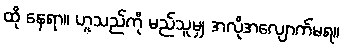
ထို နေရာ။ ဟူသည်ကို မည်သူမျှ အလိုအလျောက်မရ။